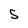
Character: S